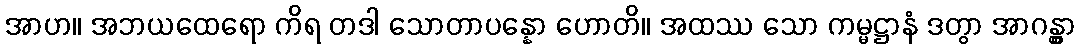
အာဟ။ အဘယထေရော ကိရ တဒါ သောတာပန္နော ဟောတိ။ အထဿ သော ကမ္မဋ္ဌာနံ ဒတွာ အာဂန္တွာ